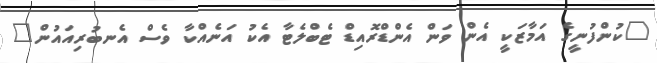
"ކުންފުނީގެ އަމާޒަކީ އެން ވަން އެންޑްރޮއިޑް ޓެބްލެޓާ އެކު އަނެއްކާ ވެސް އެނބުރިއައުން"